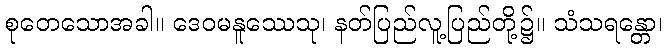
စုတေသောအခါ။ ဒေဝမနူဿေသု၊ နတ်ပြည်လူ့ပြည်တို့၌။ သံသရန္တော၊